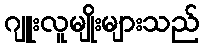
ဂျူးလူမျိုးများသည်